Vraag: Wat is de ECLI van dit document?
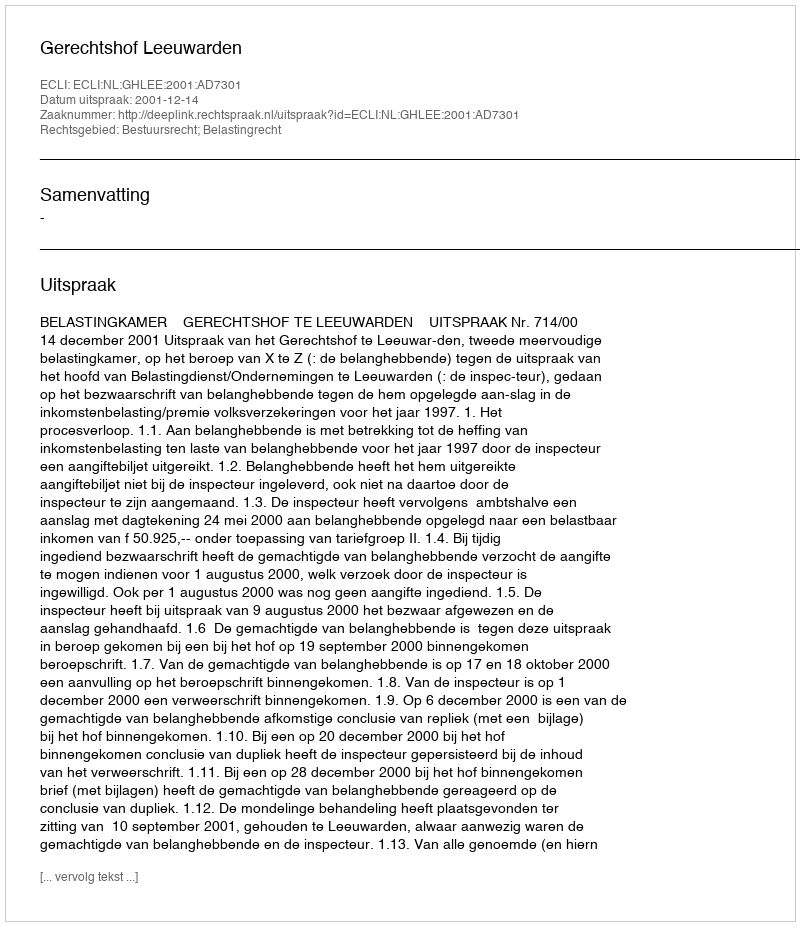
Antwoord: ECLI:NL:GHLEE:2001:AD7301